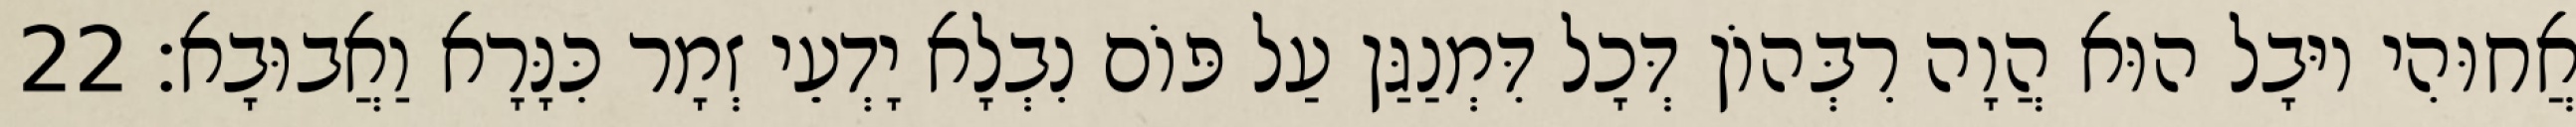
אֲחוּהִי יוּבָל הוּא הֲוָה רִבְּהוֹן דְּכָל דִּמְנַגַּן עַל פּוֹם נִבְלָא יָדְעֵי זְמָר כִּנָּרָא וַאֲבוּבָא׃ 22